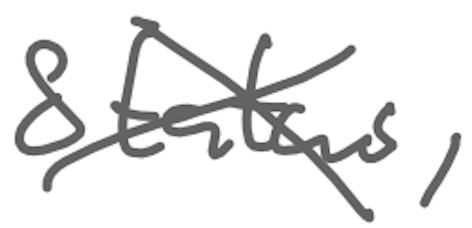
Text: Status,
Cross-out: cross
Writing tool: digital_gray